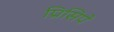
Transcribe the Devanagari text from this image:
प्रिसिपे